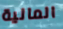
المالية